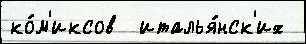
ко́м'иксов  италья́нск'их